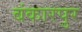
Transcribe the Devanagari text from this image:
बंकारपुर